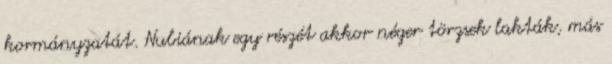
kormányzatát. Nubiának egy részét akkor néger törzsek lakták, más